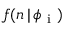
f ( n \, | \, \phi _ { \mathrm { ~ i ~ } } )